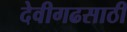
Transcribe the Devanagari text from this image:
देवीगढसाठी